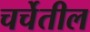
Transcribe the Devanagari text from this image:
चर्चेतील